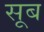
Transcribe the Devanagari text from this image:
सूब